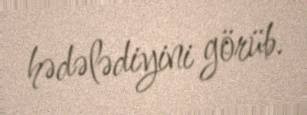
hədələdiyini görüb.